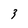
Character: 3